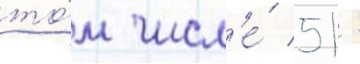
то́м числ'е́ 51 -